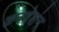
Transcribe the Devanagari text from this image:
कनवेशंन